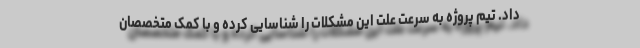
داد. تیم پروژه به سرعت علت این مشکلات را شناسایی کرده و با کمک متخصصان